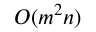
O ( m ^ { 2 } n )